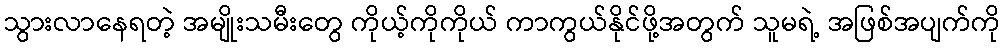
သွားလာနေရတဲ့ အမျိုးသမီးတွေ ကိုယ့်ကိုကိုယ် ကာကွယ်နိုင်ဖို့အတွက် သူမရဲ့ အဖြစ်အပျက်ကို